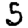
Digit: 5